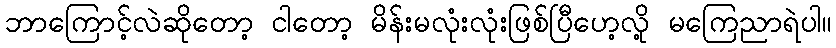
ဘာကြောင့်လဲဆိုတော့ ငါတော့ မိန်းမလုံးလုံးဖြစ်ပြီဟေ့လို့ မကြေညာရဲပါ။